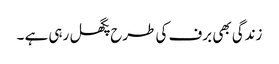
زندگی بھی برف کی طرح پگھل رہی ہے ۔